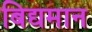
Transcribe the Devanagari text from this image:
बिद्यमान